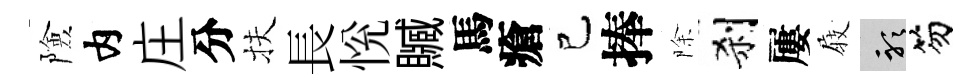
險内庄分扶長恱贓馬瘡己捧除刹屢𡲆聽笏